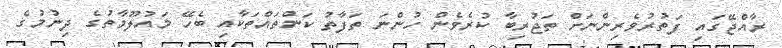
ރާއްޖޭގައި ފަތުރުވެރިންނަށް ތަޖުރިބާ ކުރެވެން ހުންނަ ތަފާތު ކަންތައްތަކާއި ބެހޭ މައުލޫމާތުގެ ދިނުމުގެ